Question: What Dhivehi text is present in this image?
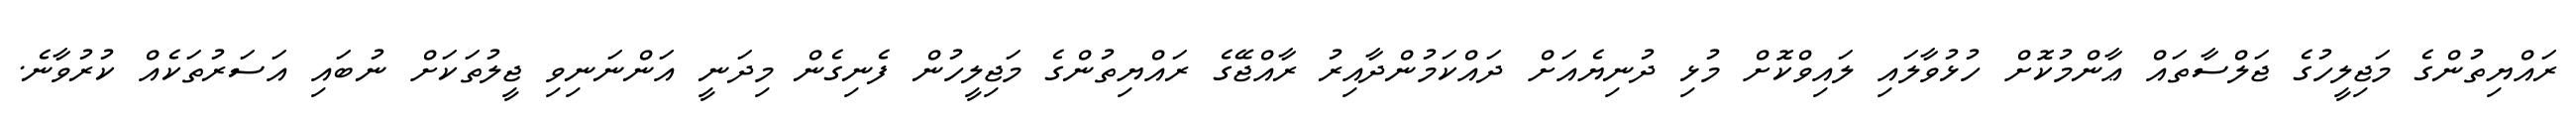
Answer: ރައްޔިތުންގެ މަޖިލީހުގެ ޖަލްސާތައް ޢާންމުކޮށް ހުޅުވާލައި ލައިވްކޮށް މުޅި ދުނިޔެއަށް ދައްކަމުންދާއިރު ރާއްޖޭގެ ރައްޔިތުންގެ މަޖިލީހުން ފެނިގެން މިދަނީ އަންނަނިވި ޖީލުތަކަށް ނުބައި އަސަރުތަކެއް ކުރުވާނެ.